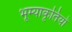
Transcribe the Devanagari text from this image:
भूम्याकृतियों